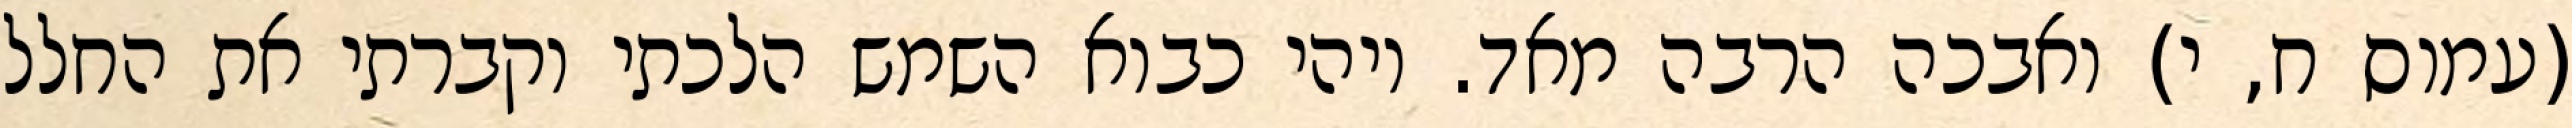
(עמוס ח, י) ואבכה הרבה מאד. ויהי כבוא השמש הלכתי וקברתי את החלל